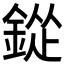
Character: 𮷲